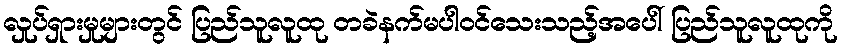
လှုပ်ရှားမှုများတွင် ပြည်သူလူထု တခဲနက်မပါဝင်သေးသည့်အပေါ် ပြည်သူလူထုကို